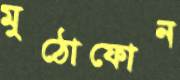
মুঠোফোন